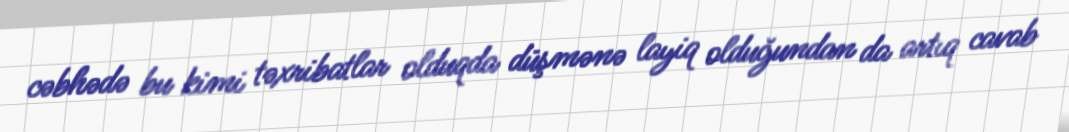
cəbhədə bu kimi təxribatlar olduqda düşmənə layiq olduğundan da artıq cavab